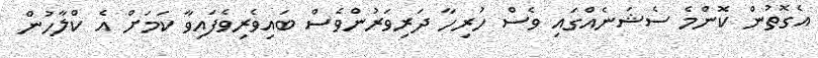
އެގޮތުން ކޮންމެ ސެޝަނެއްގައި ވެސް ހުރިހާ ދަރިވަރުންވެސް ބައިވެރިވެފައިވާ ކަމަށް އެ ކްލާހުން